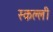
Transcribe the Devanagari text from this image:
स्कल्ली